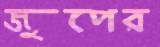
জুপের